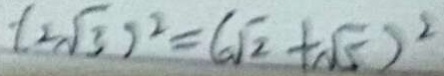
( 2 \sqrt { 3 } ) ^ { 2 } = ( \sqrt { 2 } + \sqrt { 5 } ) ^ { 2 }